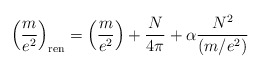
\begin{align*}\left(\frac{m}{e^2}\right)_{\rm ren}=\left(\frac{m}{e^2}\right)+\frac{N}{4\pi} +\alpha {N^2\over (m/e^2)}\end{align*}